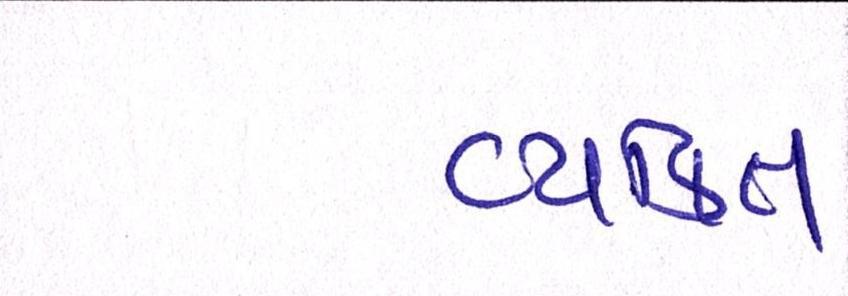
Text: વ્યક્તિ